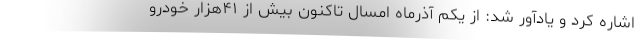
اشاره کرد و یادآور شد: از یکم آذرماه امسال تاکنون بیش از ۴۱هزار خودرو